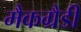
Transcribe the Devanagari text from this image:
मैकग्रैडी